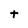
Character: t